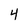
Character: 4